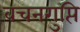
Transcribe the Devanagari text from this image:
वचनगुप्ति